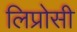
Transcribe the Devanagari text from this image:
लिप्रोसी